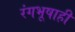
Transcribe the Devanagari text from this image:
रंगभूषाही